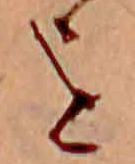
を